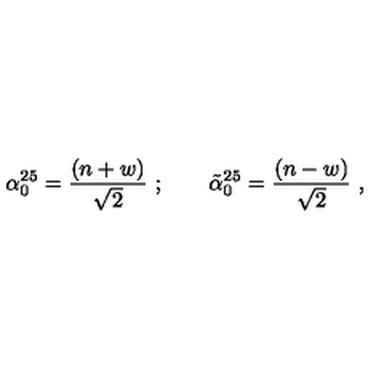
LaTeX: \alpha _ { 0 } ^ { 2 5 } = { \frac { ( n + w ) } { \sqrt { 2 } } } \ ; \qquad { \tilde { \alpha } } _ { 0 } ^ { 2 5 } = { \frac { ( n - w ) } { \sqrt { 2 } } } \ ,